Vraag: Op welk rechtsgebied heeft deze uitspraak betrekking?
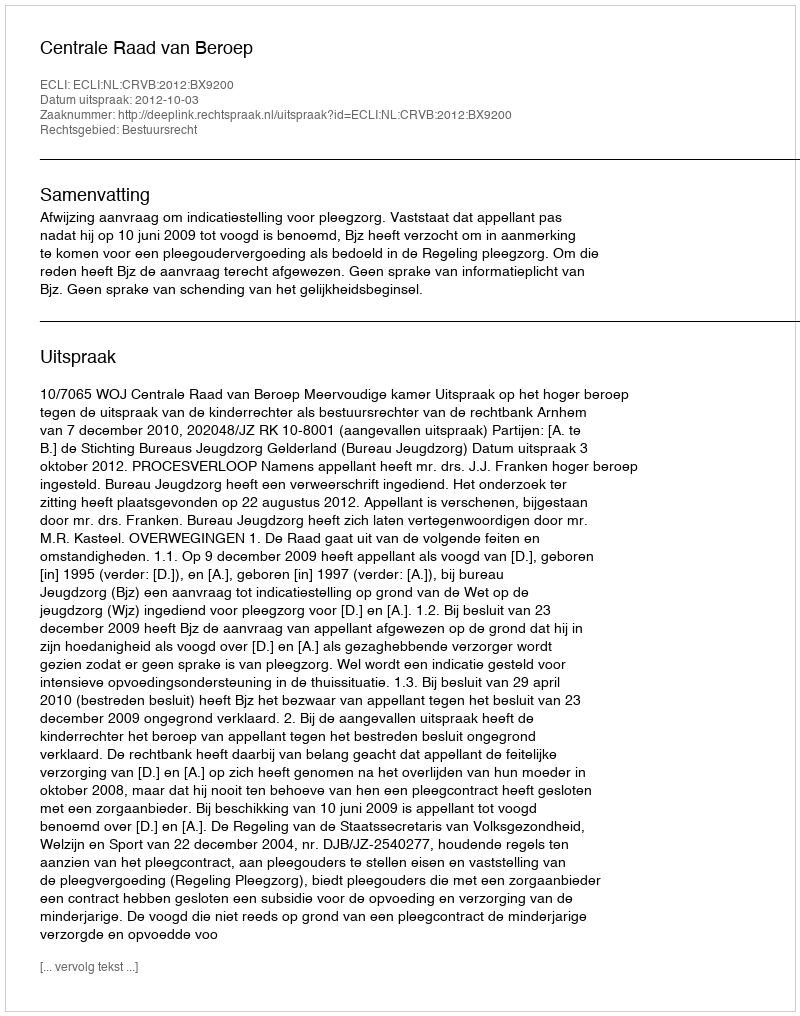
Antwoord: Bestuursrecht